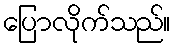
ပြောလိုက်သည်။